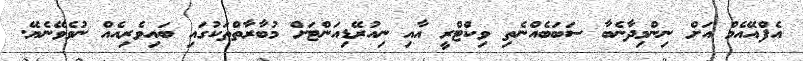
އެފްއޭއެމް އަށް ނިންމިދާނެބާ ސަބަބެއްނެތި ވިކްޓްރީ އާއި ނިއުރޭޑިއަންޓަށް މުބާރާތްތަކުގައި ބައިވެރިއެއް ނުވެވޭނެޔޭ.